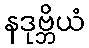
နဒုဗ္ဘိယံ